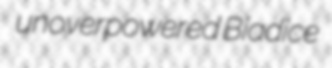
unoverpowered Biadice